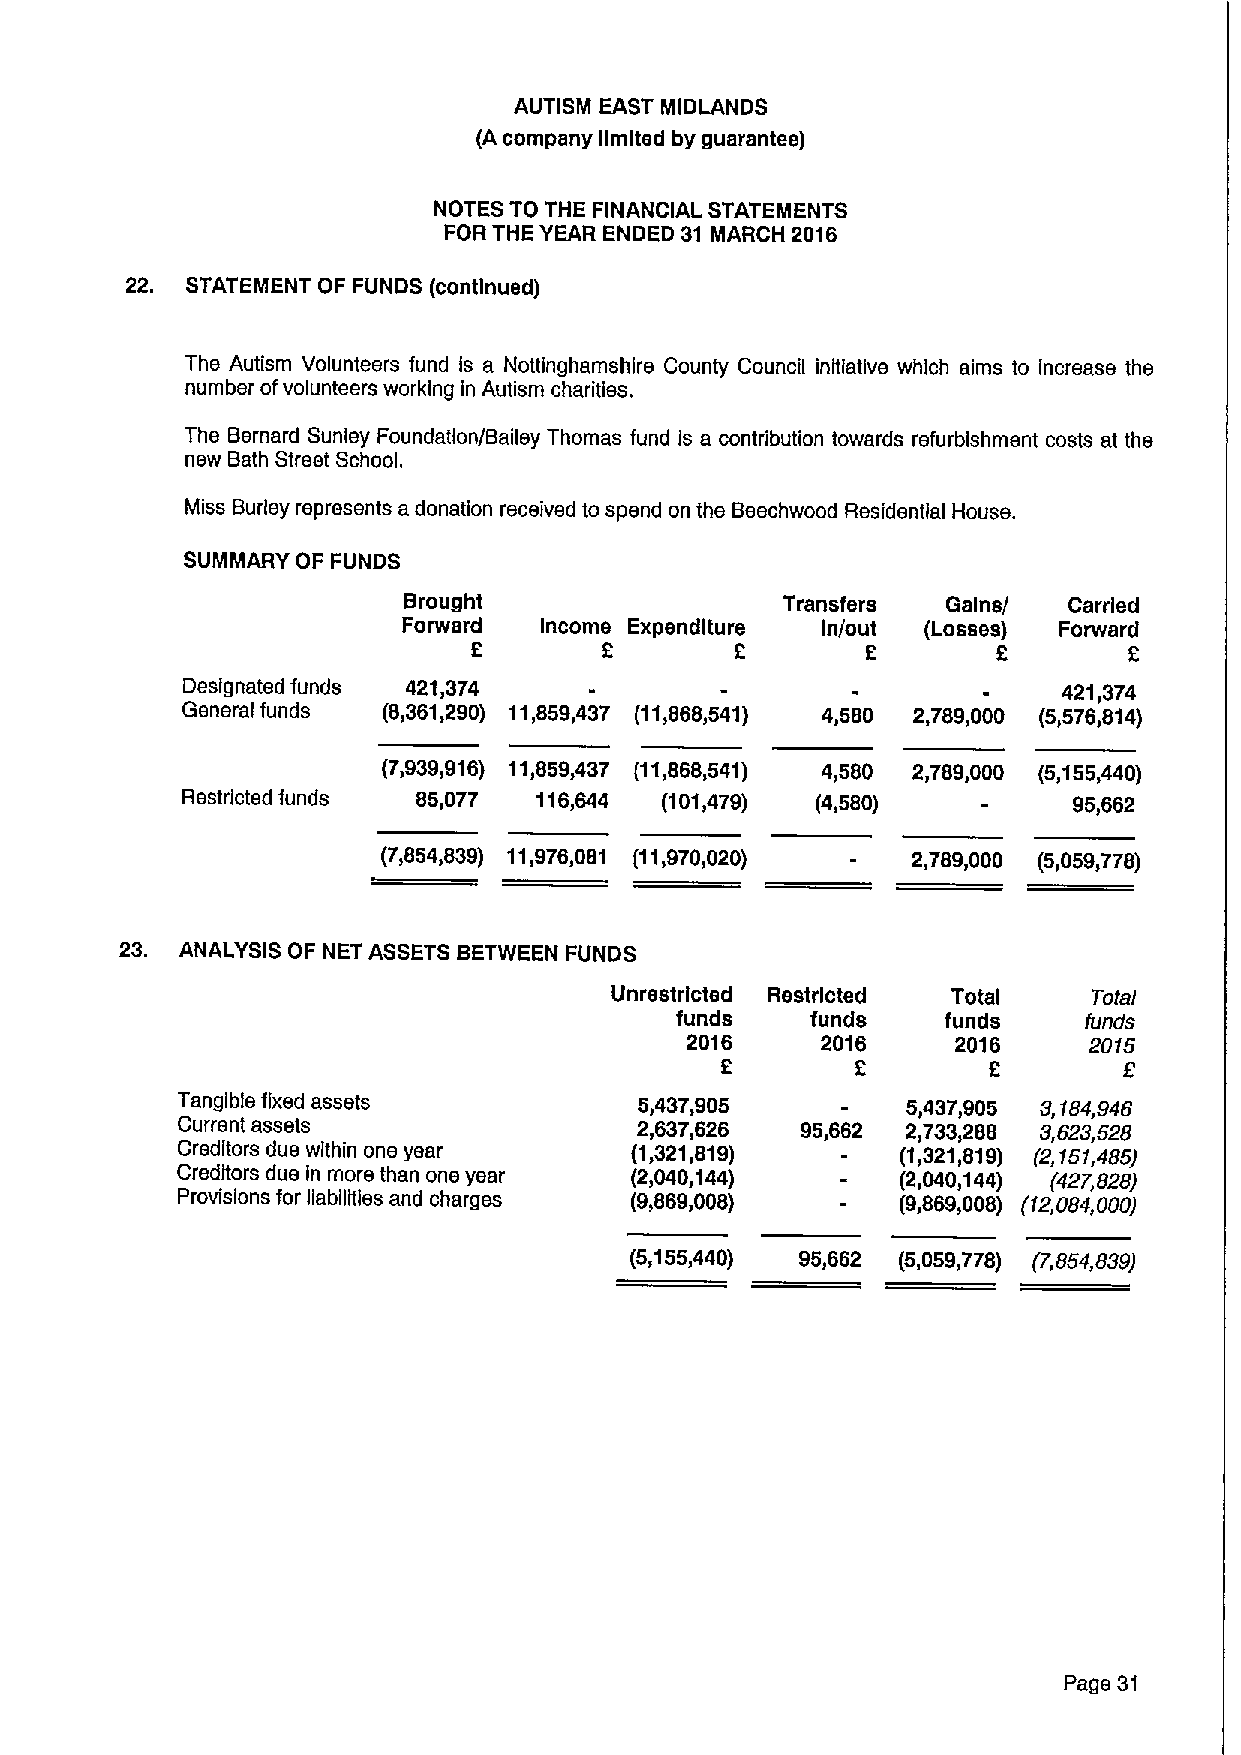
AUTISM EAST MIDLANDS
 (Acompany limited by guarantee)
 NOTES TO THE FINANCIAL STATEMENTS
 FOR THE YEAR ENDED 31 MARCH 2016
 22. STATEMENT OF FUNDS (continued)
 The Autism Volunteers fund Is a Nottinghamshire County Council initiative which aims to increase the
 number ofvolunteers working in Autism charities.
 The Bernard Sunley Foundation/Bailey Thomas fund is a contribution towards refurbishment costs at the
 new Bath Street School.
 Miss Burley represents a donation received to spend on the Beechwood Residential House.
 SUMMARY OF FUNDS
 Brought                  Transfers  Gains/  Carried
 Forward  Income Expenditure In/out (Losses) Forward
 2        2        2       2        2        2
 Designated funds 421,374                                  421,374
 General funds (8,361,290) 11,859,437 (11,868,541) 4,580 2,789,000 (5,576,814)
 (7,939,916) 11,859,437 (11,868,541) 4,580 2,789,000 (5,155,440)
 Restricted funds 85,077 116,644 (101,479) (4,580)          95,662
 (7,854,839) 11,976,081 (11,970,020) 2,789,000 (5,059,778)
 23. ANALYSIS OF NET ASSETS BETWEEN FUNDS
 Unrestricted Restricted Total   Total
 funds    funds    funds    funds
 2016     2016     2016     2015
 2        2       2
 Tangible fixed assets         5,437,905         5,437,905 3,184,946
 Current assets                2,637,626  95,662 2,733,288 3,623,528
 Creditors due within one year (1,321,819)       (1,321,819) (2,151,485)
 Creditors due in more than one year (2,040,144) (2,040,144) (427,828)
 Provisions for liabilities and charges (9,869,008) (9,869,008) (12,084,000)
 (5,155,440) 95,662 (5,059,778) (7,854,839)
 Page 31